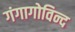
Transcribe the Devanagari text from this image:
गंगागोविन्द